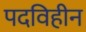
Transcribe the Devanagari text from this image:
पदविहीन